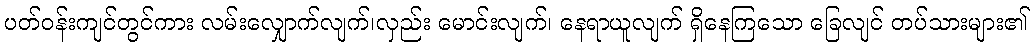
ပတ်ဝန်းကျင်တွင်ကား လမ်းလျှောက်လျက်၊လှည်း မောင်းလျက်၊ နေရာယူလျက် ရှိနေကြသော ခြေလျင် တပ်သားများ၏